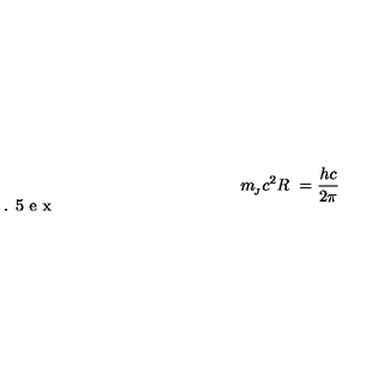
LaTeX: m _ { \! _ { J } } c ^ { 2 } R \ = \frac { h c } { 2 \pi } \vspace { - 1 . 5 e x }